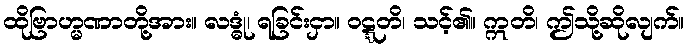
ထိုဗြာဟ္မဏာတို့အား။ လဒ္ဓုံ၊ ရခြင်းငှာ။ ဝဋ္ဋတိ၊ သင့်၏။ ဣတိ၊ ဤသို့ဆိုလျက်။